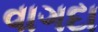
વાગદા